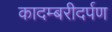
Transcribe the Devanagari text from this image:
कादम्बरीदर्पण